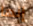
إنها